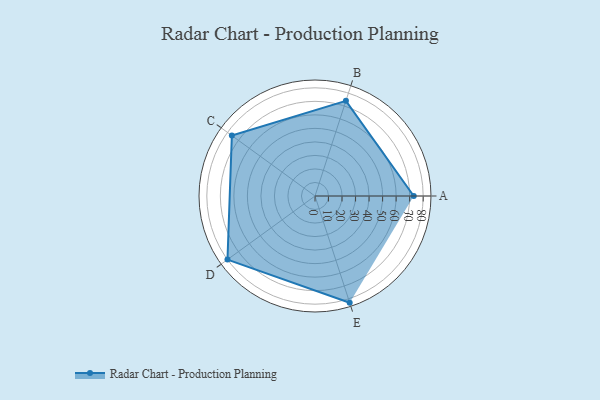
{"axis": {"x": "Skill", "y": "Score"}, "legend": ["Profile"], "data": [{"x": "A", "y": 73.0, "type": "Profile"}, {"x": "B", "y": 74.0, "type": "Profile"}, {"x": "C", "y": 76.0, "type": "Profile"}, {"x": "D", "y": 80.0, "type": "Profile"}, {"x": "E", "y": 83.0, "type": "Profile"}]}